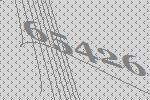
65426